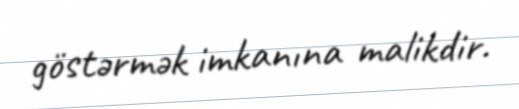
göstərmək imkanına malikdir.